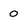
Character: 0